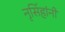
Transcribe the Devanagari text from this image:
नृसिंहांनी